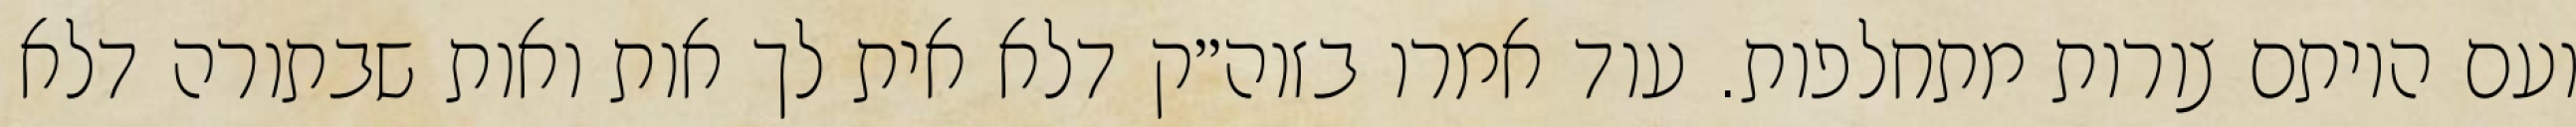
ועם היותם צורות מתחלפות. עוד אמרו בזוה״ק דלא אית לך אות ואות שבתורה דלא